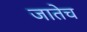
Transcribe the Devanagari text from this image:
जातेच